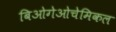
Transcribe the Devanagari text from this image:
बिओगेओचेमिकल